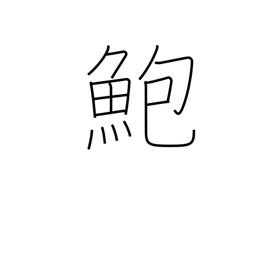
Meaning: abalone